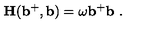
{ \bf H ( b ^ { + } , b ) } = \omega { \bf b ^ { + } b } \ .